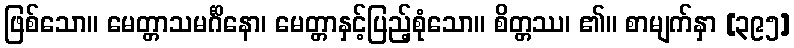
ဖြစ်သော။ မေတ္တာသမင်္ဂိနော၊ မေတ္တာနှင့်ပြည့်စုံသော။ စိတ္တဿ၊ ၏။ စာမျက်နှာ [၃၉၅]